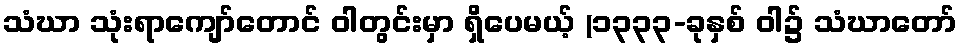
သံဃာ သုံးရာကျော်တောင် ဝါတွင်းမှာ ရှိပေမယ့် (၁၃၃၃-ခုနှစ် ဝါ၌ သံဃာတော်